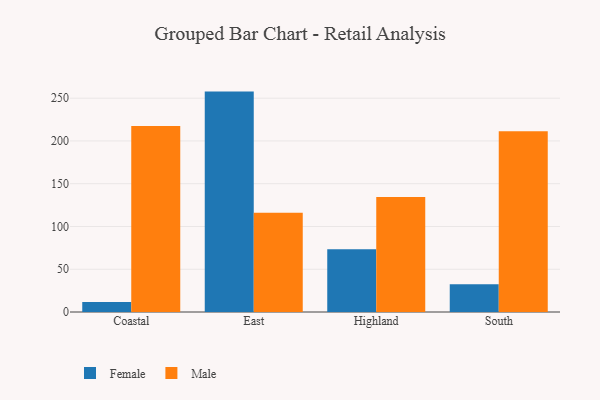
{"axis": {"x": "Region", "y": "Demand Index"}, "legend": ["Female", "Male"], "data": [{"x": "Coastal", "y": 11.8, "type": "Female"}, {"x": "Coastal", "y": 217.6, "type": "Male"}, {"x": "East", "y": 257.7, "type": "Female"}, {"x": "East", "y": 116.1, "type": "Male"}, {"x": "Highland", "y": 73.4, "type": "Female"}, {"x": "Highland", "y": 134.5, "type": "Male"}, {"x": "South", "y": 32.4, "type": "Female"}, {"x": "South", "y": 211.2, "type": "Male"}]}